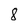
Character: 8